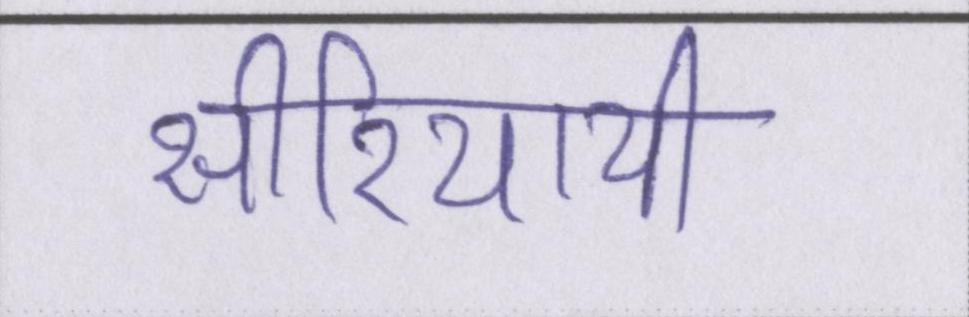
सीरियायी